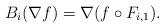
LaTeX: \begin{align*} B_i(\nabla f) = \nabla (f \circ F_{i,1}).\end{align*}